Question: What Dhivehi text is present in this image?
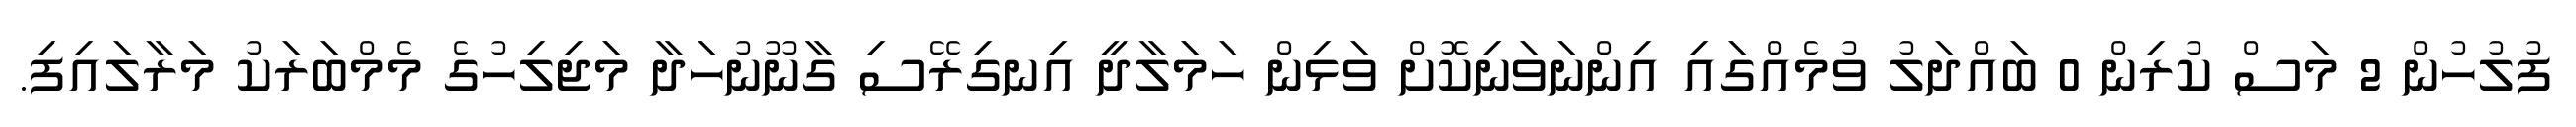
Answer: ފުލުހުން 2 މަސް ކުރިން 0 ބައްދަލު ވުމެއްގައި އިންނަވަނިކޮށް ވަޅިން ހަމަލާދީ އިނގިރޭސި ގާނޫނުހަދާ މަޖިލިހުގެ މެމްބަރަކު މަރާލައިފި.